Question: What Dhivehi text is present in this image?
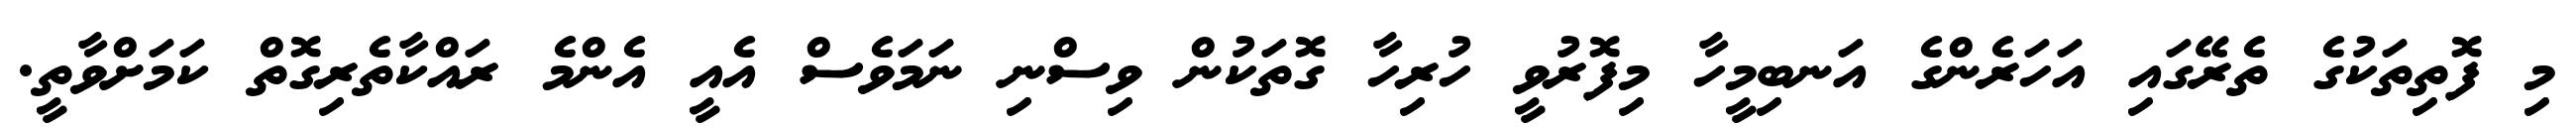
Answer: މި ފޮތިތަކުގެ ތެރޭގައި އަހަރެންގެ އަނބިމީހާ މިފޮރުވީ ހުރިހާ ގޮތަކުން ވިސްނި ނަމަވެސް އެއީ އެންމެ ރައްކާތެރިގޮތް ކަމަށްވާތީ.